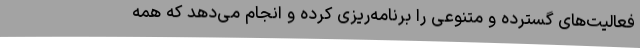
فعالیت‌های گسترده و متنوعی را برنامه‌ریزی کرده و انجام می‌دهد که همه